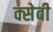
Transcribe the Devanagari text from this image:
क्सेवी